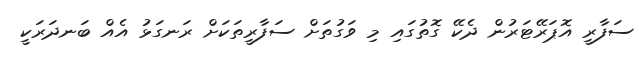
ސަފާރީ އޮޕަރޭޓަރުން ދެކޭ ގޮތުގައި މި ވަގުތަށް ސަފާރީތަކަށް ރަނގަޅު އެއް ބަނދަރަކީ